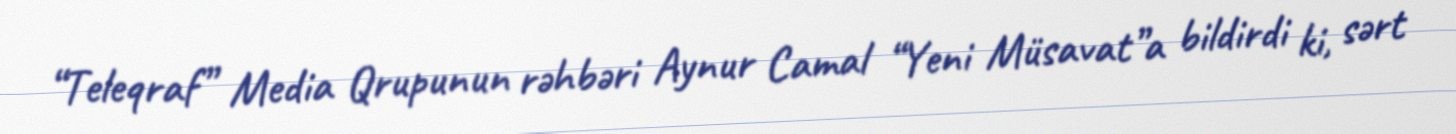
“Teleqraf” Media Qrupunun rəhbəri Aynur Camal “Yeni Müsavat”a bildirdi ki, sərt